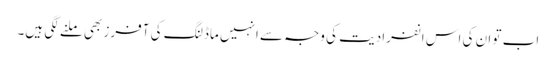
اب تو ان کی اس انفرادیت کی وجہ سے انہیں ماڈلنگ کی آفرز بھی ملنے لگی ہیں۔